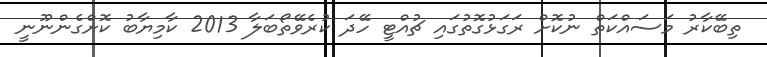
ތިބޭކާރު މަސައްކަތް ނުކޮށް ރަގަޅުގޮތުގައި ޗުއްޓީ ހޭދަ ކުރެވޭތޯބަލާ 2013 ކާމިޔާބު ކޮށްގެންނޫނީ